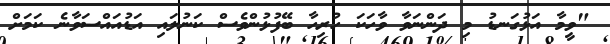
"ވީމާ އަޅުގަނޑު މި ދަންނަވާ ވާހަކަ ހުރިހާ ބޭފުޅުންވެސް ކަނުލައި އަޑުއައްސަވާނެ ކަމަށް